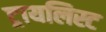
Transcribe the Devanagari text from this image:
ट्रायलिस्ट